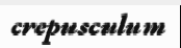
crepusculum